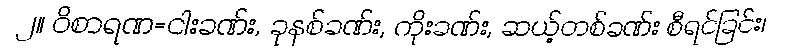
၂။ ဝိစာရဏ=ငါးခဏ်း, ခုနစ်ခဏ်း, ကိုးခဏ်း, ဆယ့်တစ်ခဏ်း စီရင်ခြင်း၊